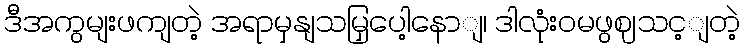
ဒီအကွမျးဖကျတဲ့ အရာမှနျသမြှပေါ့နောျ၊ ဒါလုံးဝမဖွဈသင့ျတဲ့